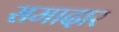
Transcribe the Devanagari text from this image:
समादार